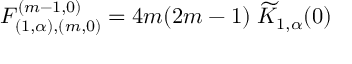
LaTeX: F _ { ( 1 , \alpha ) , ( m , 0 ) } ^ { ( m - 1 , 0 ) } = 4 m ( 2 m - 1 ) \; \widetilde { K } _ { 1 , \alpha } ( 0 )